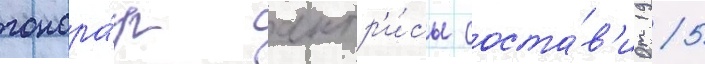
гонора́р актр'и́сы соста́в'ит 15